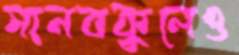
মানবকুলেও